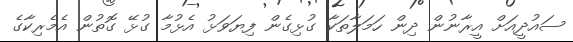
ސައުދީއަށް އީރާނުން ދިން ހަމަލާތަކާ ގުޅިގެން ފިޔަވަޅު އެޅުމާ ގުޅޭ ގޮތުން އެމެރިކާގެ